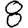
Digit: 8